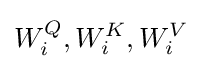
W_{i}^{Q},W_{i}^{K},W_{i}^{V}